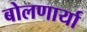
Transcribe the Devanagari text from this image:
बोलणार्या